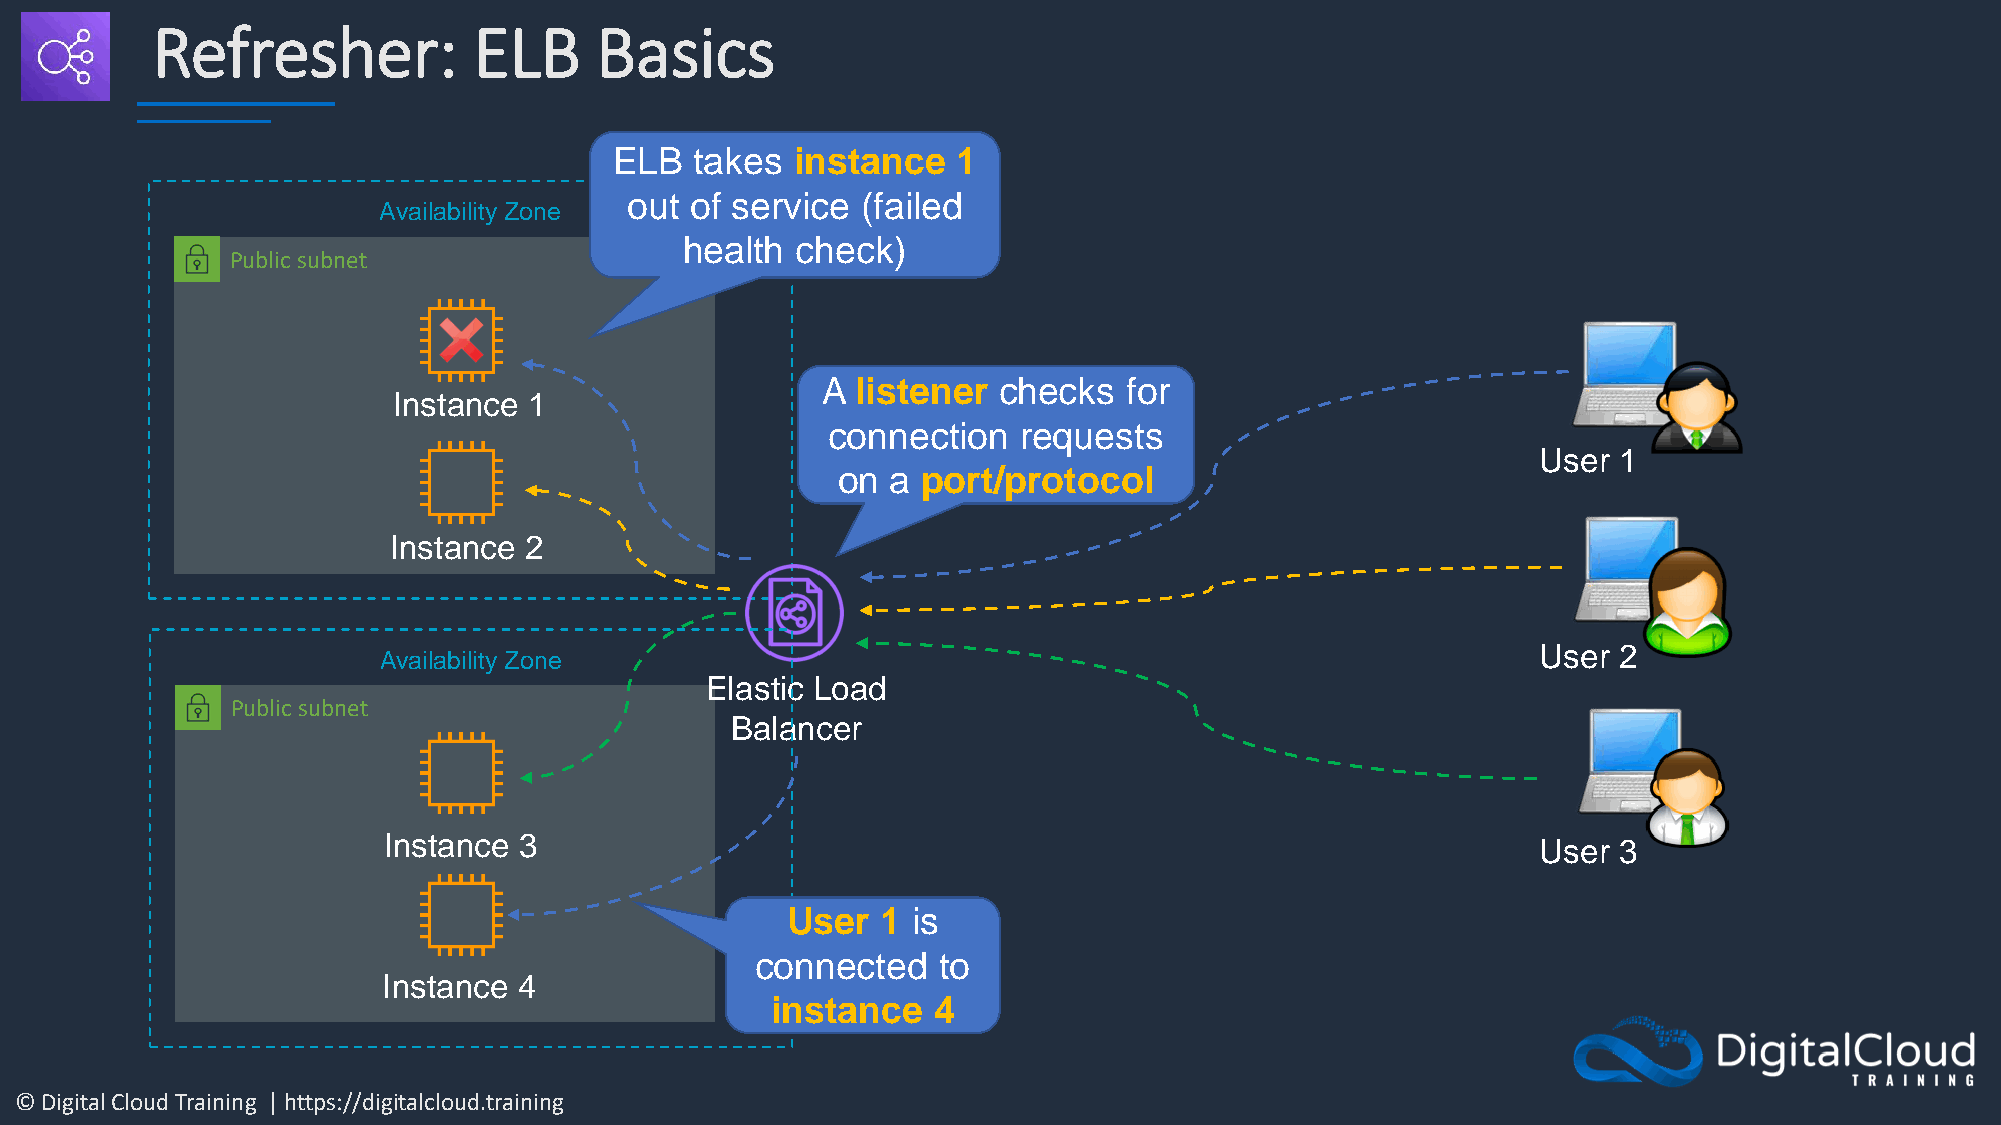
Refresher:           ELB     Basics
 ELB  takes  instance  1
 out of service (failed
 Availability Zone
 health  check)
 Public subnet
 A  listener checks   for
 Instance 1
 connection   requests
 User 1
 on  a port/protocol
 Instance 2
 User 2
 Availability Zone
 Elastic Load
 Public subnet
 Balancer
 Instance 3                                                                   User 3
 User  1 is
 connected   to
 Instance 4
 instance   4
 © Digital Cloud Training | https://digitalcloud.training